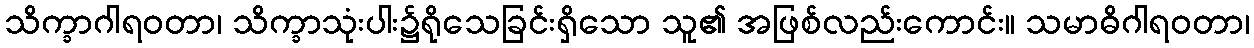
သိက္ခာဂါရဝတာ၊ သိက္ခာသုံးပါး၌ရိုသေခြင်းရှိသော သူ၏ အဖြစ်လည်းကောင်း။ သမာဓိဂါရဝတာ၊